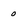
Character: 0